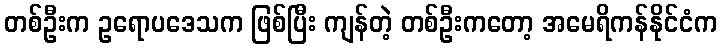
တစ်ဦးက ဥရောပဒေသက ဖြစ်ပြီး ကျန်တဲ့ တစ်ဦးကတော့ အမေရိကန်နိုင်ငံက